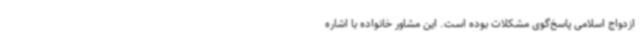
ازدواج اسلامی پاسخ‌گوی مشکلات بوده است. این مشاور خانواده با اشاره